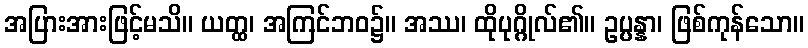
အပြားအားဖြင့်မသိ။ ယတ္ထ၊ အကြင်ဘဝ၌။ အဿ၊ ထိုပုဂ္ဂိုလ်၏။ ဥပ္ပန္နာ၊ ဖြစ်ကုန်သော။